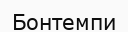
Бонтемпи